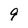
Character: 9